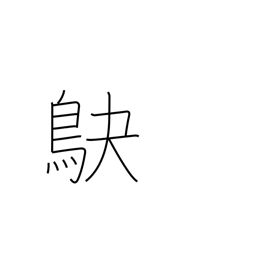
Meaning: shrike